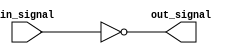
module open_drain_inverter(

  input in_signal,
  
  output out_signal
);

assign out_signal = ~in_signal;

endmodule